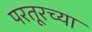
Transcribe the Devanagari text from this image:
परतूरच्या